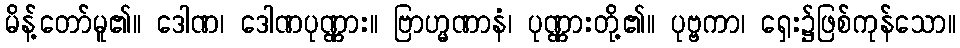
မိန့်တော်မူ၏။ ဒေါဏ၊ ဒေါဏပုဏ္ဏား။ ဗြာဟ္မဏာနံ၊ ပုဏ္ဏားတို့၏။ ပုဗ္ဗကာ၊ ရှေး၌ဖြစ်ကုန်သော။